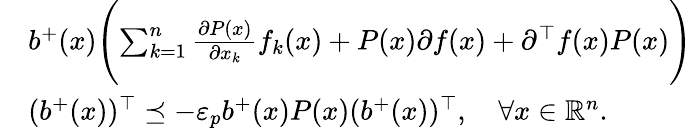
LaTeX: \begin{array}{rl}&{b^{+}(x)\Biggl(\sum_{k=1}^{n}\frac{\partial P(x)}{\partial x_{k}}f_{k}(x)+P(x)\partial f(x)+\partial^{\top}f(x)P(x)\Biggr)}\\ &{(b^{+}(x))^{\top}\preceq-\varepsilon_{p}b^{+}(x)P(x)(b^{+}(x))^{\top},\quad\forall x\in{\mathbb R}^{n}.}\end{array}